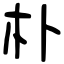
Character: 朴